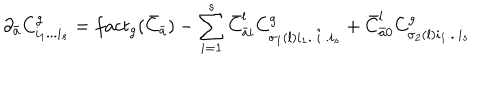
\partial _ { \bar { a } } C _ { i _ { 1 } . . . i _ { s } } ^ { g } = f a c t _ { g } ( { \bar { C } } _ { \bar { a } } ) - \sum _ { i = 1 } ^ { s } { \bar { C } } _ { { \bar { a } } i } ^ { l } C _ { \sigma _ { 1 } ( l ) i _ { 1 } . . { \hat { i } } . . i _ { s } } ^ { g } + { \bar { C } } _ { { \bar { a } } 0 } ^ { l } C _ { \sigma _ { 2 } ( l ) i _ { 1 } . . . i _ { s } } ^ { g }